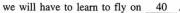
we will have to learm to fly on \underline{40}.